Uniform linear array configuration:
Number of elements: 8
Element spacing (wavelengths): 0.75
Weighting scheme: kaiser
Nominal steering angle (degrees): -45
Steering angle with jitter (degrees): -44.733
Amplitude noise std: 0.05
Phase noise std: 0.05

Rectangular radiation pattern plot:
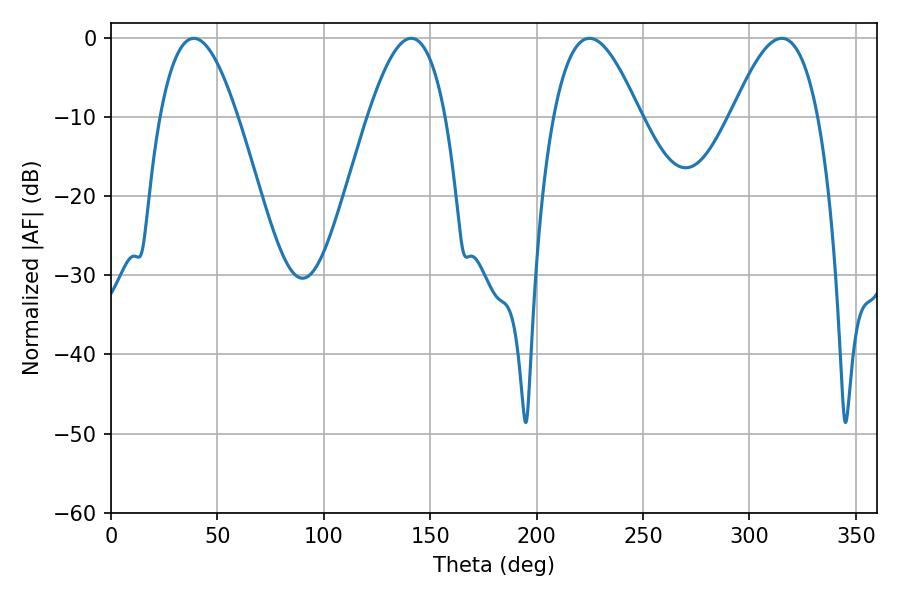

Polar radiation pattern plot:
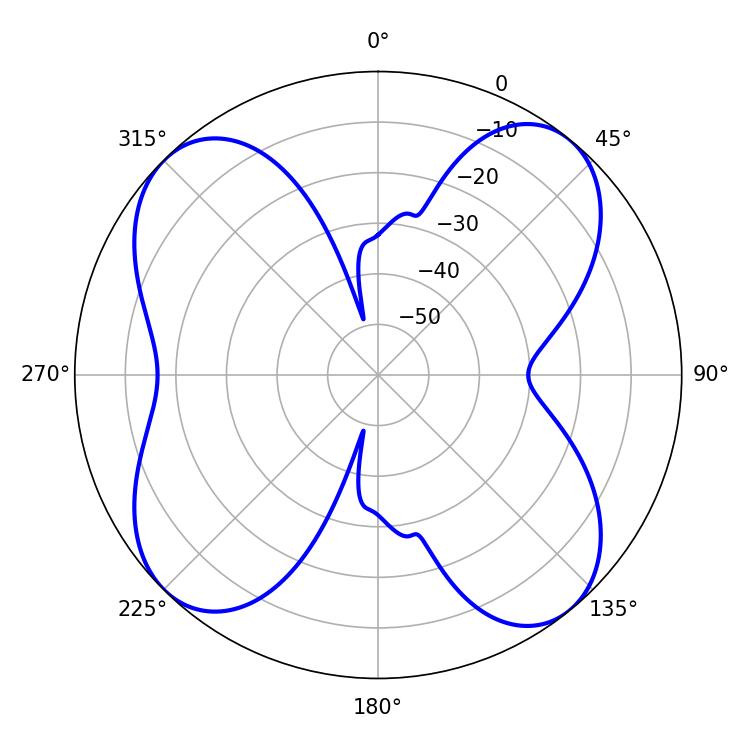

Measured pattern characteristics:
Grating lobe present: TRUE
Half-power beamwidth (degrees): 22.14
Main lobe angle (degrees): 224.82